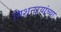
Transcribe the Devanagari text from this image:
मिशनऱ्यांच्या